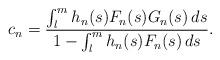
LaTeX: \begin{align*}c_n=\frac{\int_l^m h_n(s)F_n(s)G_n(s)\,d s}{1 - \int_l^mh_n(s)F_n(s)\,d s}.\end{align*}